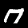
Digit: 7